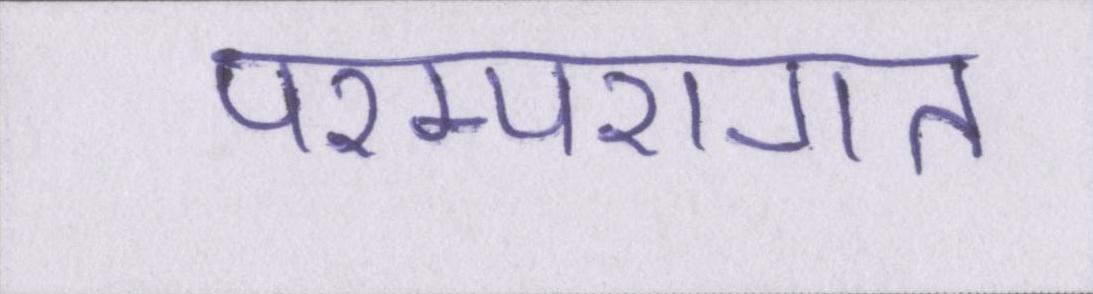
परम्परागत